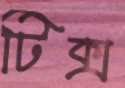
টিক্স